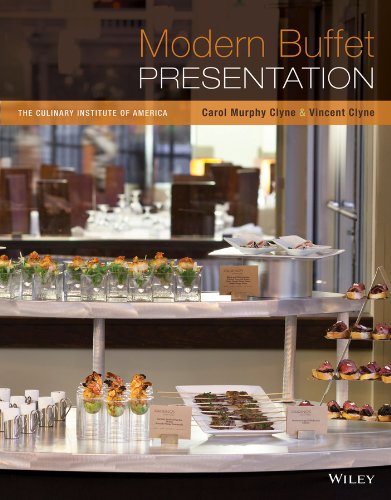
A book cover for Modern Buffet Presentation; Carol Murphy Clyne; Cookbooks, Food & Wine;